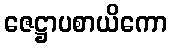
ဇေဋ္ဌာပစာယိကော